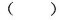
( )